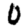
Digit: 0